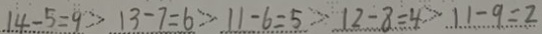
1 4 - 5 = 9 > 1 3 - 7 = 6 > 1 1 - 6 = 5 > 1 2 - 8 = 4 > 1 1 - 9 = 2